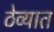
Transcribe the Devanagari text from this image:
ठेव्यात